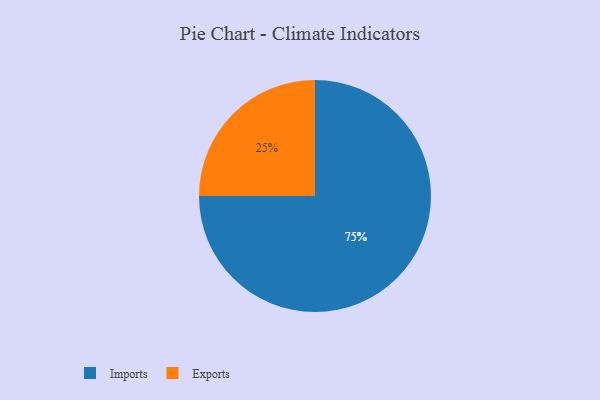
{"axis": {"x": "Category", "y": "Percentage"}, "legend": ["Exports", "Imports"], "data": [{"x": "Imports", "y": 75, "type": "Imports"}, {"x": "Exports", "y": 25, "type": "Exports"}]}